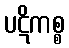
ပဋိကစ္စ